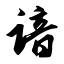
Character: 谙